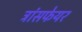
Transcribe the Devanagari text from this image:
ट्रांसफेयर